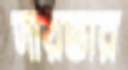
দায়ভার